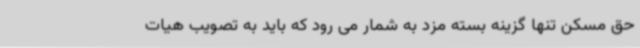
حق مسکن تنها گزینه بسته مزد به شمار می رود که باید به تصویب هیات